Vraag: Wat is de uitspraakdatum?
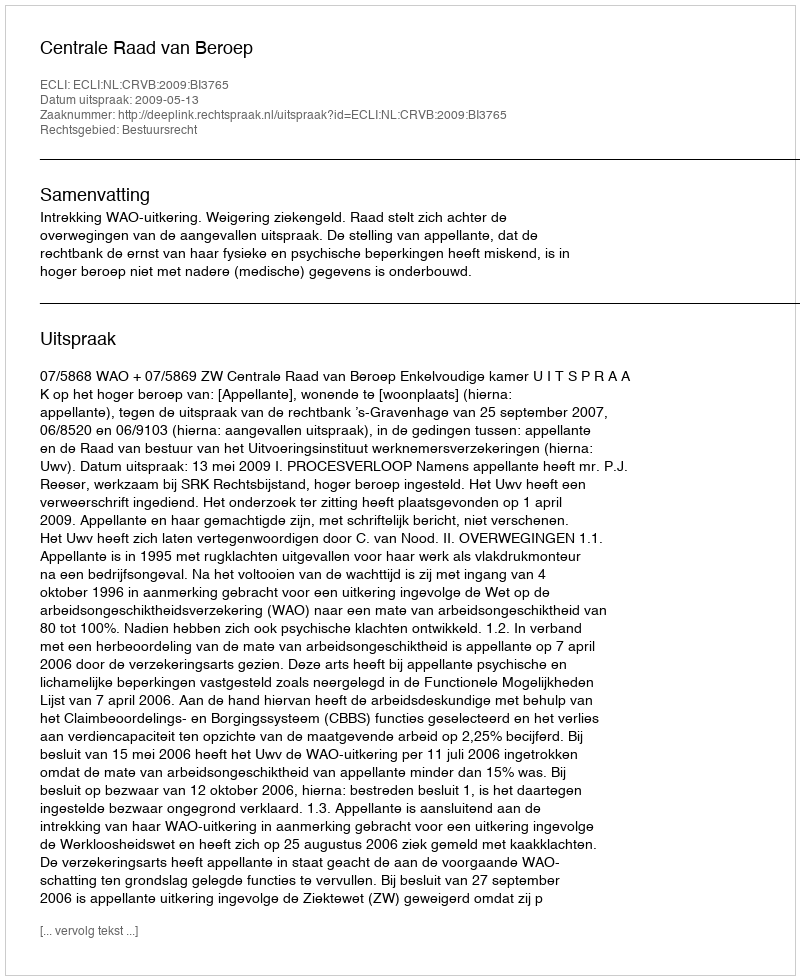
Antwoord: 2009-05-13